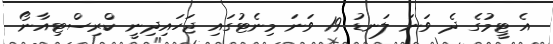
އެ ޓީމުގެ ދެ ވަނަ ލަނޑު 19 ވަނަ މިނެޓުގައި ޖަހައިދިނީ ކްރިސްޓިއާނޯ